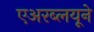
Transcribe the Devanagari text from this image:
एअरब्लयूने